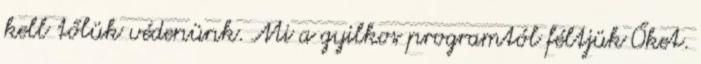
kell tőlük védenünk. Mi a gyilkos programtól féltjük Őket.